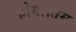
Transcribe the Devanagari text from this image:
कोमलतम